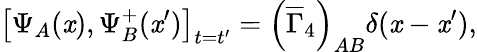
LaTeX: \left[\Psi_{A}(\mathit{x}),\Psi_{B}^{+}(\mathit{x}^{\prime})\right]_{t=t^{\prime}}=\left(\overline{{{{\Gamma}}}}_{4}\right)_{AB}\delta(\mathbf{{\mathit{x}}}-\mathbf{{\mathit{x}}}^{\prime}),